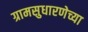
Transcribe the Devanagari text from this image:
ग्रामसुधारणेच्या